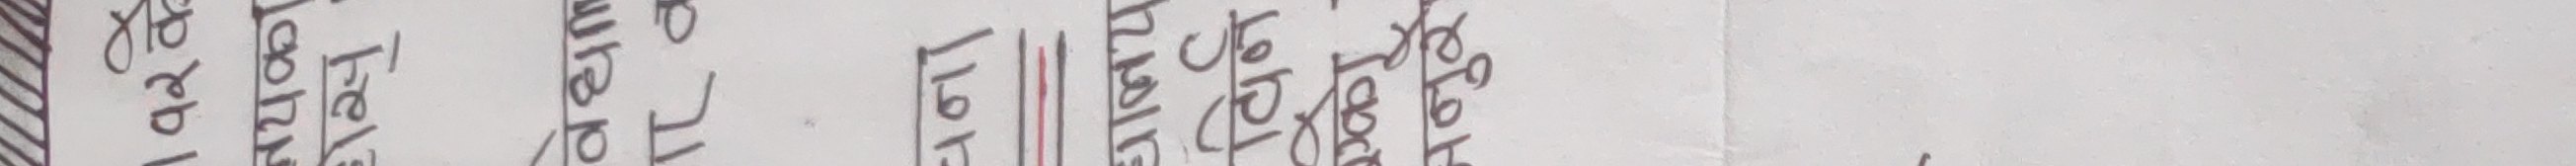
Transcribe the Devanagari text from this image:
अन्डरग्राउण्ड टेबुल फेयर १७९ ३१५० ८०२०